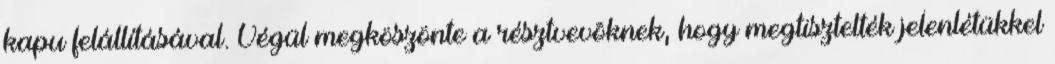
kapu felállításával. Végül megköszönte a résztvevõknek, hogy megtisztelték jelenlétükkel